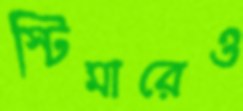
স্টিমারেও